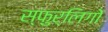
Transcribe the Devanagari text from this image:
स्फुर्लिगों